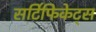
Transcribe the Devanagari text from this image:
सटि॔फिकेट्स